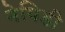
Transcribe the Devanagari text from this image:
नेपिडी